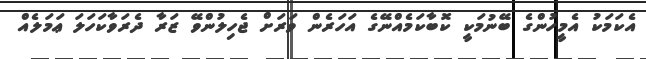
އެކަމަކު އެމީހުންގެ ބޭނުމަކީ ކޮބާކަމެއްނޭގެ އަހަރެން ވަރަށް ޖެހިލުންވޭ ޒަރާ ދެރަވާކަހަލަ ޢަމަލެއް